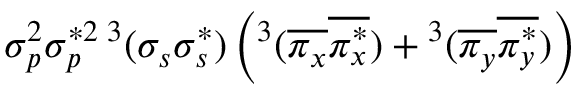
\sigma _ { p } ^ { 2 } \sigma _ { p } ^ { * 2 } { } \, ^ { 3 } ( \sigma _ { s } \sigma _ { s } ^ { * } ) \left( ^ 3 ( \overline { { \pi _ { x } } } \overline { { \pi _ { x } ^ { * } } } ) + { } ^ { 3 } ( \overline { { \pi _ { y } } } \overline { { \pi _ { y } ^ { * } } } ) \right)